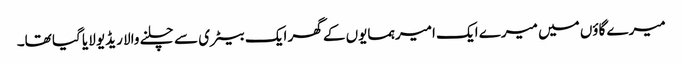
میرے گاؤں میں میرے ایک امیر ہمسایوں کے گھر ایک بیٹری سے چلنے والا ریڈیو لایا گیا تھا۔